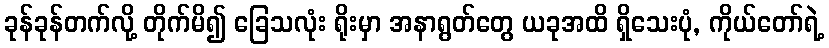
ခုန်ခုန်တက်လို့ တိုက်မိ၍ ခြေသလုံး ရိုးမှာ အနာရွတ်တွေ ယခုအထိ ရှိသေးပုံ, ကိုယ်တော်ရဲ့